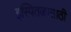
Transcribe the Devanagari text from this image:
इस्पितळासाठी